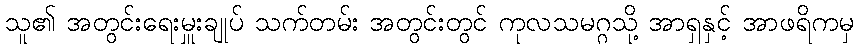
သူ၏ အတွင်းရေးမှူးချုပ် သက်တမ်း အတွင်းတွင် ကုလသမဂ္ဂသို့ အာရှနှင့် အာဖရိကမှ